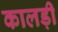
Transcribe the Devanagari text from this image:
कालड़ी